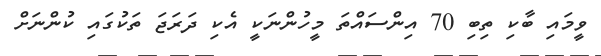
ވީމައި ބާކި ތިބި 70 އިންސައްތަ މީހުންނަކީ އެކި ދަރަޖަ ތަކުގައި ކުންނަށް